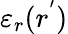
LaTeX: \varepsilon_{r}(r^{'})